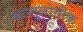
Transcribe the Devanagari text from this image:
सल्लुलोसीक